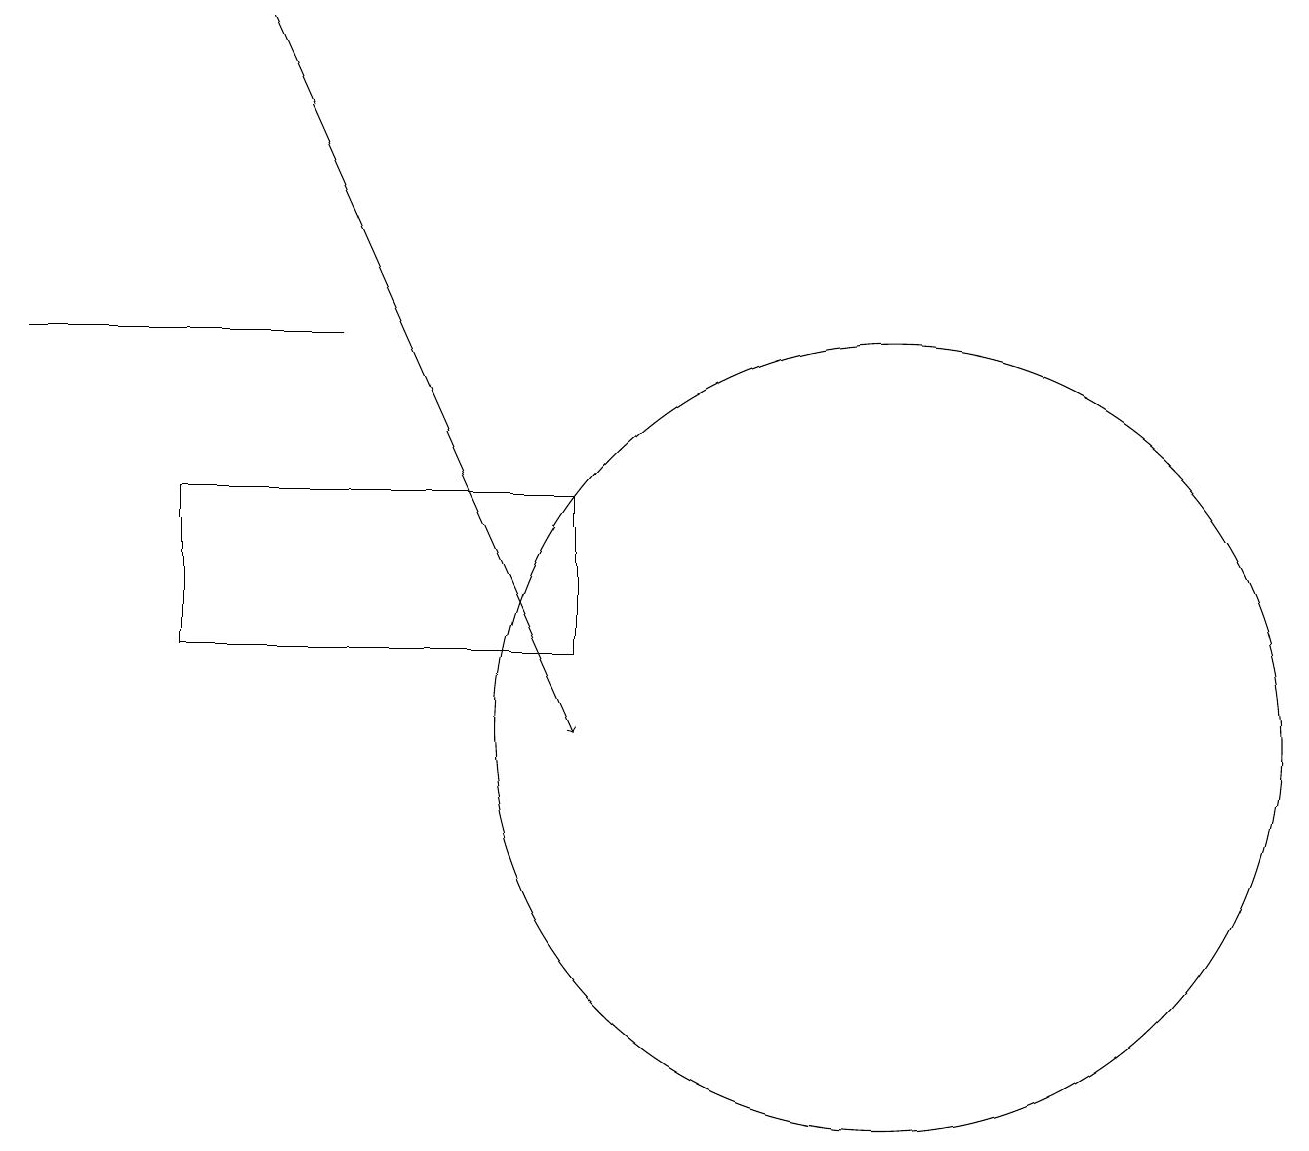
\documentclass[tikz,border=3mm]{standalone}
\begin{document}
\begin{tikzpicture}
\draw[->] (3,19) -- (7,10);
\draw (2,11) rectangle (7,13);
\draw (4,15) rectangle (0,15);
\draw (11,10) circle (5);
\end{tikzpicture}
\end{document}